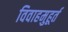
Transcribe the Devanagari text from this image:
विवाहमुहूर्त